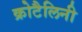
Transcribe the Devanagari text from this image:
क्रोटैलिनी